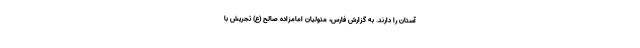
آستان را دارند. به گزارش فارس، متولیان امامزاده صالح (ع) تجریش با